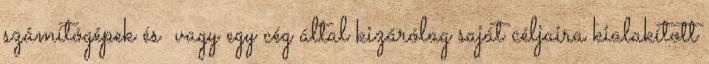
számítógépek és vagy egy cég által kizárólag saját céljaira kialakított